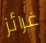
غرائز